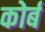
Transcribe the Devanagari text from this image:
कोर्ब